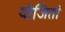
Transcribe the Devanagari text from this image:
योजितां